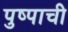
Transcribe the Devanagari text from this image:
पुष्पाची